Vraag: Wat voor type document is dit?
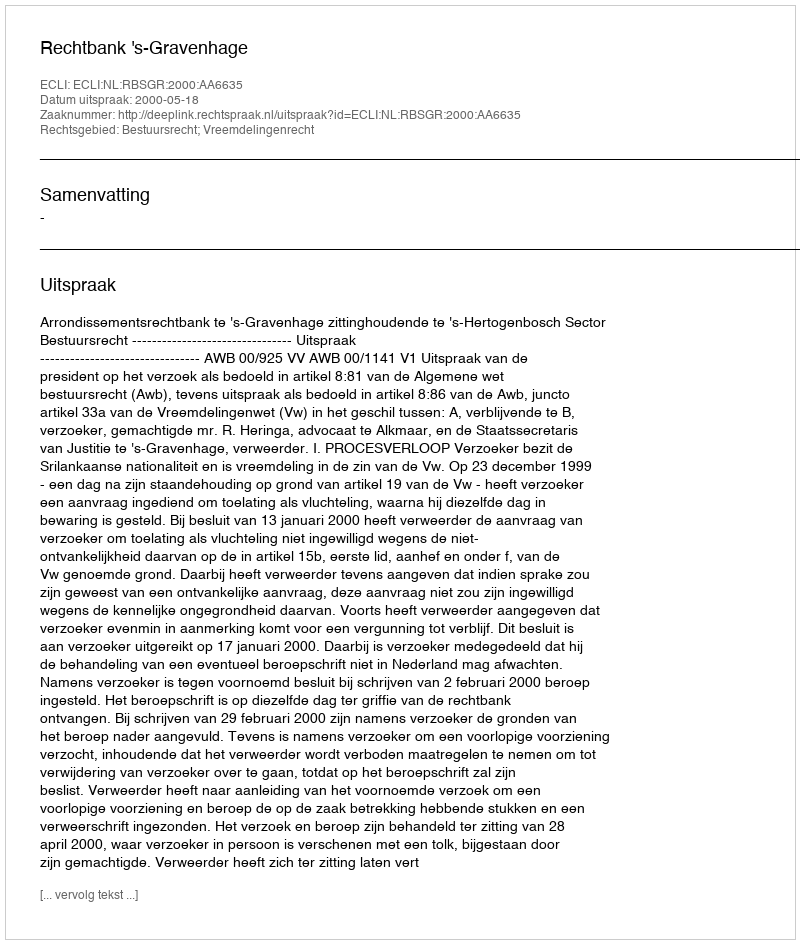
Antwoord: Uitspraak